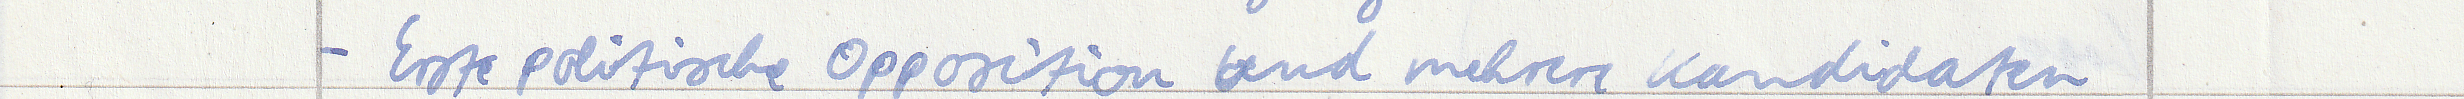
- Erste politische Opposition und mehrere Kandidaten